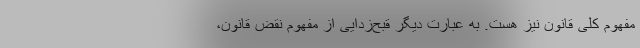
مفهوم کلی قانون نیز هست. به عبارت دیگر قبح‌زدایی از مفهوم نقض قانون،